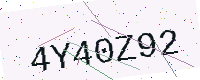
Text: 4Y40Z92